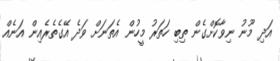
އަދި މޫނު ނިވާކޮށްގެން ތިބި ހަތަރު މީހުން އެތަނަށް ވަދެ އޭގެތެރެއިން އަނެއް